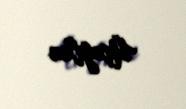
Üçoğlan